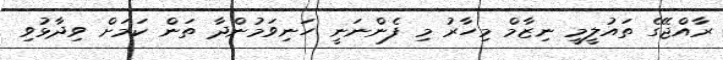
ރާއްޖޭގެ ތައުލީމީ ނިޒާމް މިހާރު މި ފެންނަނީ ހަނިވަމުންދާ ތަން ކަމަށް ވިދާޅުވި